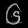
Digit: ၆